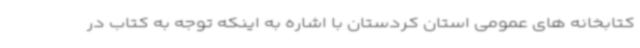
کتابخانه های عمومی استان کردستان با اشاره به اینکه توجه به کتاب در